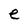
Character: e